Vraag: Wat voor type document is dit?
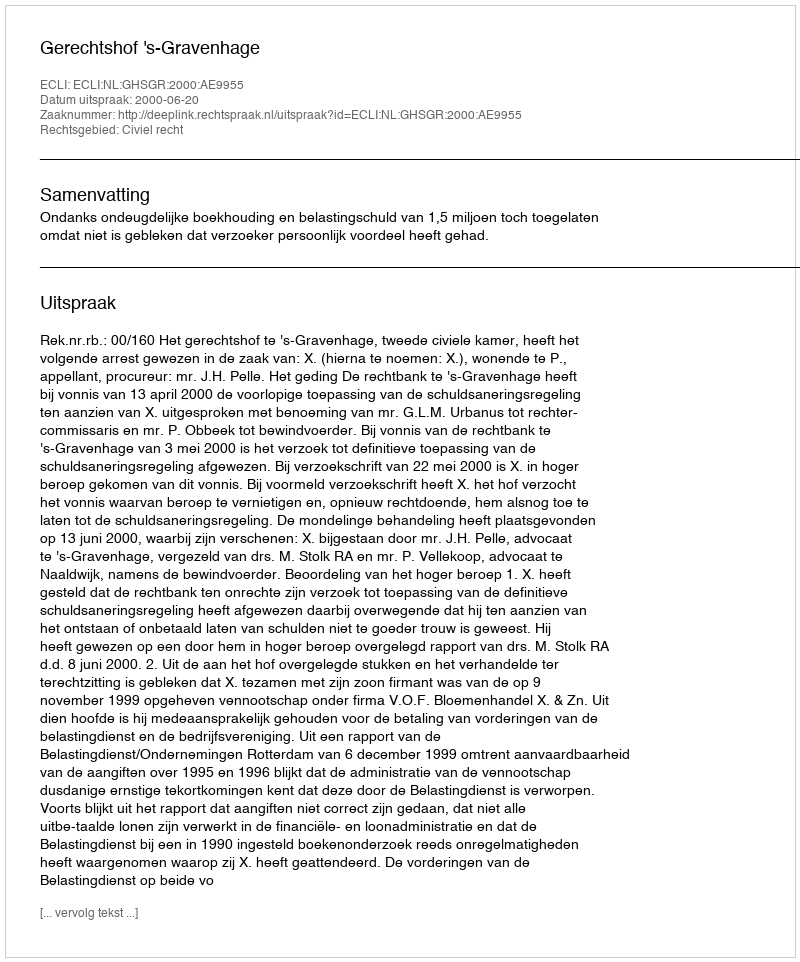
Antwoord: Uitspraak